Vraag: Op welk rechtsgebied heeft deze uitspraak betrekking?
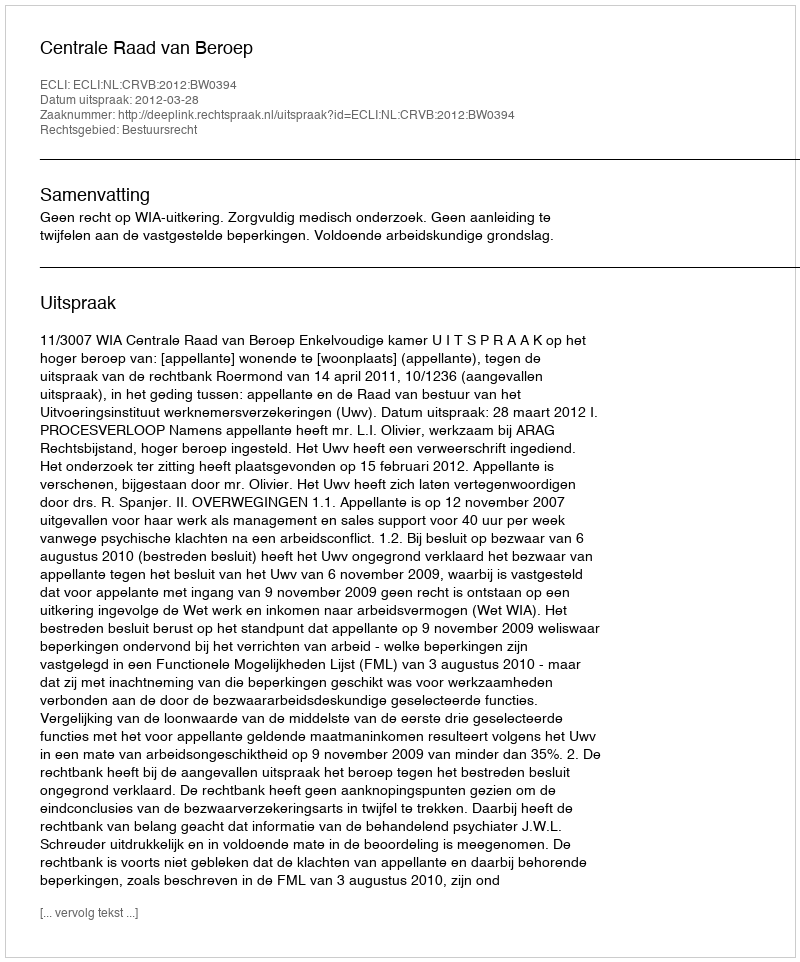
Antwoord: Bestuursrecht